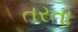
તરતા